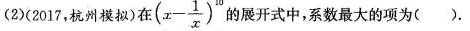
(2)(2017，杭州模拟)在$$( x - \frac { 1 } { x } ) ^ { 1 0 }$$的展开式中，系数最大的项为( ).